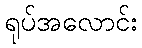
ရုပ်အလောင်း